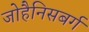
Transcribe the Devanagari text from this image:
जोहैनिसबर्ग